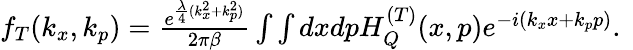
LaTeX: \begin{array}{r}{f_{T}(k_{x},k_{p})=\frac{e^{\frac{\lambda}{4}(k_{x}^{2}+k_{p}^{2})}}{2\pi\beta}\int\int dxdpH_{Q}^{(T)}(x,p)e^{-i(k_{x}x+k_{p}p)}.\ }\end{array}